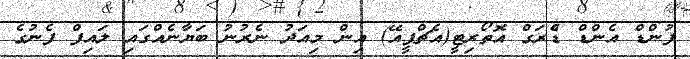
ފުންޑް އެންޑް ޑްެރަގް އޮތޯރިޓީ(އެޗްޕީއޭ) އިން މިއަދު ނެރުނު ބަޔާނެއްގައި ލައިފް ފެނުގެ